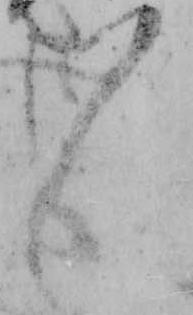
々